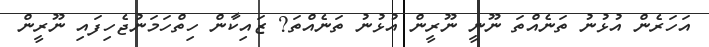
އަހަރެން އުޅުނު ތަނެއްތަ ނޫނީ ނޫރީން އުޅުނު ތަނެއްތަ? ޒައިކާން ހިތްހަމަނުޖެހިފައި ނޫރީން